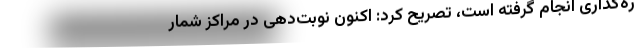
ره‌گذاری انجام گرفته است، تصریح کرد: اکنون نوبت‌دهی در مراکز شمار